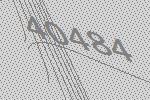
40484